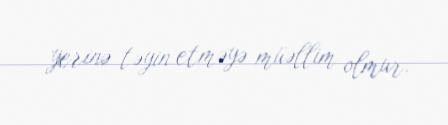
yerinə təyin etməyə müəllim olmur.